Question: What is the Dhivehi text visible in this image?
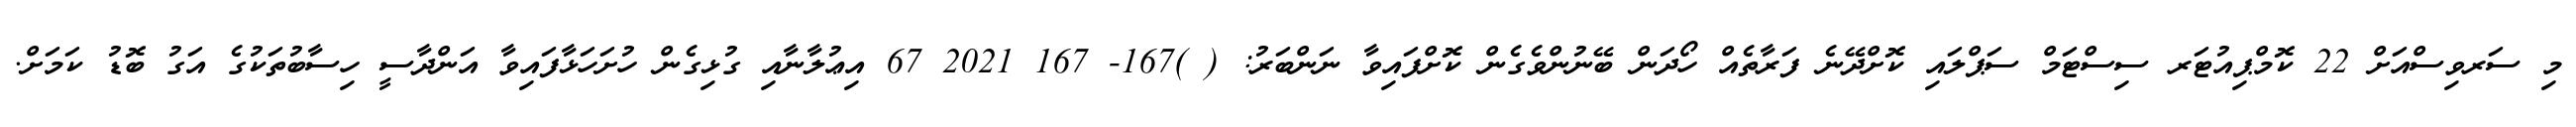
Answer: މި ސަރވިސްއަށް 22 ކޮމްޕިއުޓަރ ސިސްޓަމް ސަޕްލައި ކޮށްދޭނެ ފަރާތެއް ހޯދަން ބޭނުންވެގެން ކޮށްފައިވާ ނަންބަރު: ( )167- 167 2021 67 އިޢުލާނާއި ގުޅިގެން ހުށަހަޅާފައިވާ އަންދާސީ ހިސާބުތަކުގެ އަގު ބޮޑު ކަމަށް.